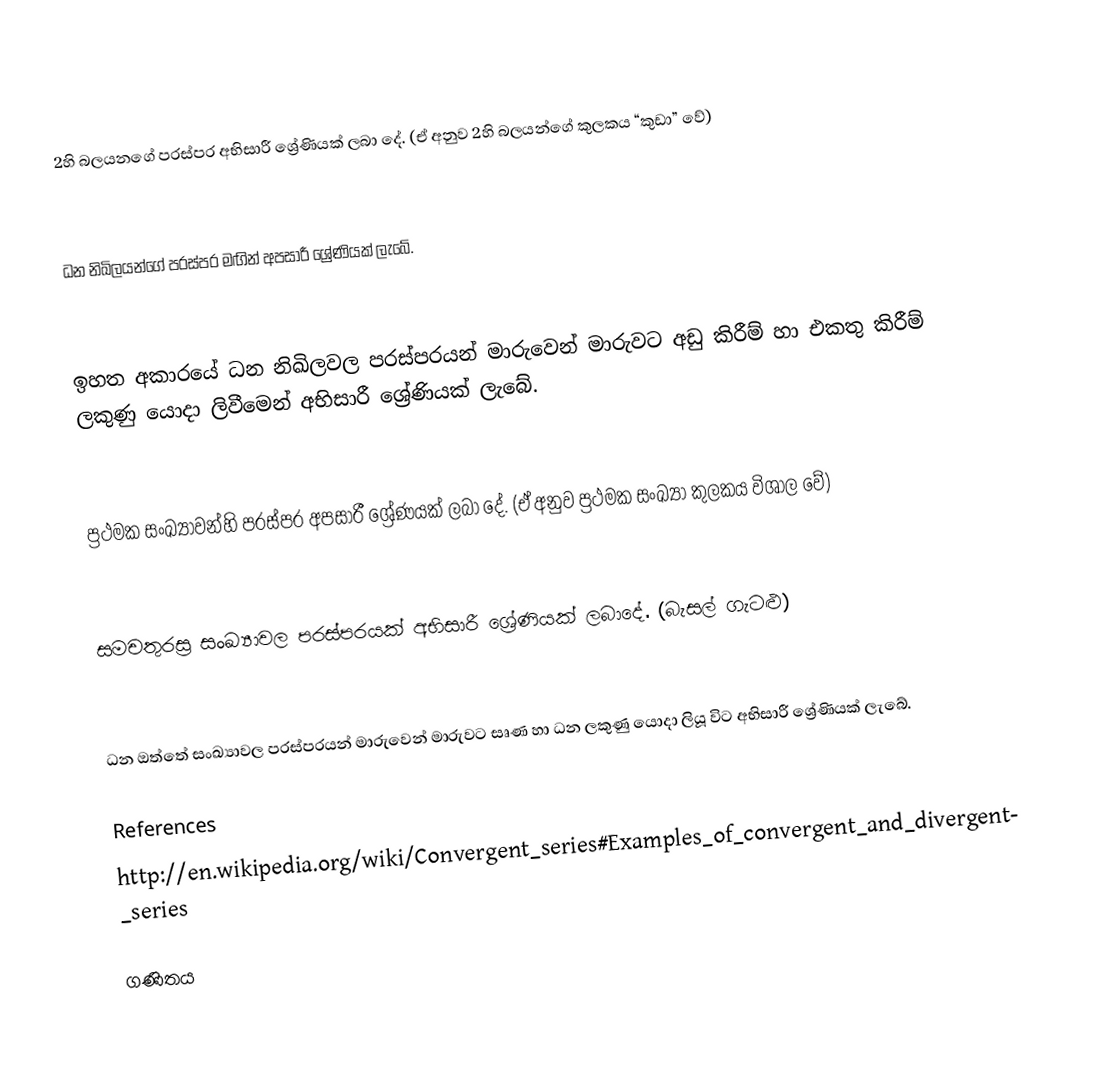
2හි බලයනගේ පරස්පර අභිසාරී ශ්‍රේණියක් ලබා දේ. (ඒ අනුව 2හි බලයන්ගේ කුලකය “කුඩා” වේ)

ධන නිඛිලයන්ගේ පරස්පර මඟින් අපසාරී ශ්‍රේණියක් ලැබේ.

ඉහත අකාරයේ ධන නිඛිලවල පරස්පරයන් මාරුවෙන් මාරුවට අඩු කිරීම් හා එකතු කිරීම් ලකුණු යොදා ලිවීමෙන් අභිසාරී ශ්‍රේණියක් ලැබේ.

ප්‍රථමක සංඛ්‍යාවන්හි පරස්පර අපසාරී ශ්‍රේණයක් ලබා දේ. (ඒ අනුව ප්‍රථමක සංඛ්‍යා කුලකය විශාල වේ)

සමචතුරස්‍ර සංඛ්‍යාවල පරස්පරයක් අභිසාරී ශ්‍රේණියක් ලබාදේ. (බැසල් ගැටළු)

ධන ඔත්තේ සංඛ්‍යාවල පරස්පරයන් මාරුවෙන් මාරුවට සෘණ හා ධන ලකුණු යොදා ලියූ විට අභිසාරී ශ්‍රේණියක් ලැබේ.

References
http://en.wikipedia.org/wiki/Convergent_series#Examples_of_convergent_and_divergent_series

 ගණිතය